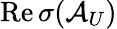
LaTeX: \mathrm{Re}\, \sigma(\mathcal{A}_{U})